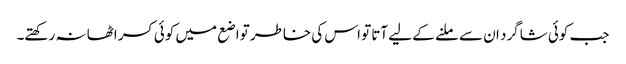
جب کوئی شاگرد ان سے ملنے کے لیے آتا تو اس کی خاطر تواضع میں کوئی کسر اٹھا نہ رکھتے۔